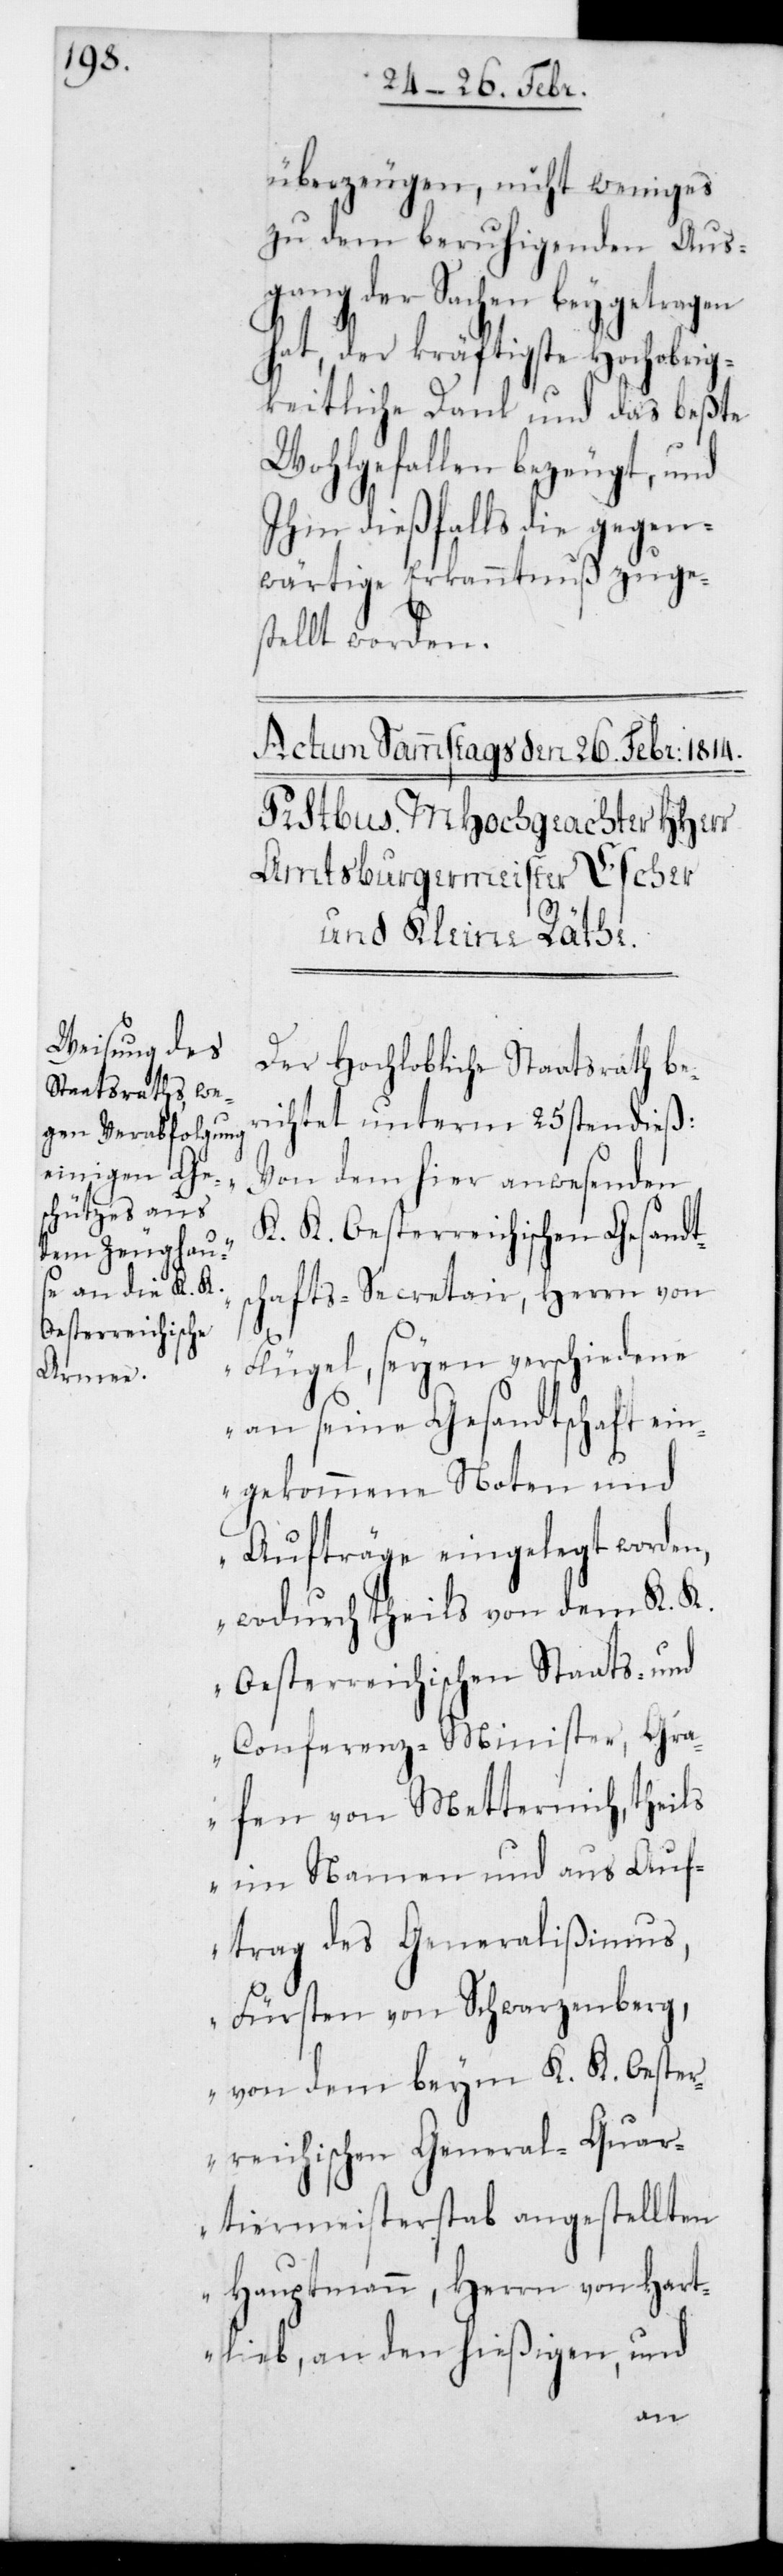
überzeugen, nicht Weniges
zu dem beruhigenden Aus¬
gang der Sachen beygetragen
hat, der kräftigste Hochobrig¬
keitliche Dank und das beste
Wohlgefallen bezeugt, und
ihm dießfalls die gegen¬
wärtige Erkanntnuß zuges¬
tellt worden.
Der Hochlobliche Staatsrath be¬
richtet unterm 25sten dieß:
Von dem hier anwesenden
K. K. Oesterreichisch Gesandt¬
schafts-Secretair, Herrn von
Flügel, seyen verschiedene
an seine Gesandtschaft ein¬
gekommene Noten und
Aufträge eingelegt worden,
wodurch theils von dem K. K.
Oesterreichischen Staats- und
Conferenz-Minister, Gra¬
fen von Metternich, theils
im Namen und aus Auf¬
trag des Generalißimus,
Fürsten von Schwarzenberg,
von dem beym K. K. Oester¬
reichischen General-Quar¬
tiermeisterstab angestellten
Hauptmann, Herrn von Hart¬
lieb, an den hießigen, und